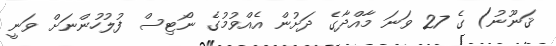
ޤަނޫނު) ގެ 27 ވަނަ މާއްދާގެ ދަށުން އެއްވުމުގެ ނޯޓިސް ފުލުހުންނަށް ވަނީ